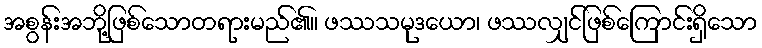
အစွန်းအဘို့ဖြစ်သောတရားမည်၏။ ဖဿသမုဒယော၊ ဖဿလျှင်ဖြစ်ကြောင်းရှိသော